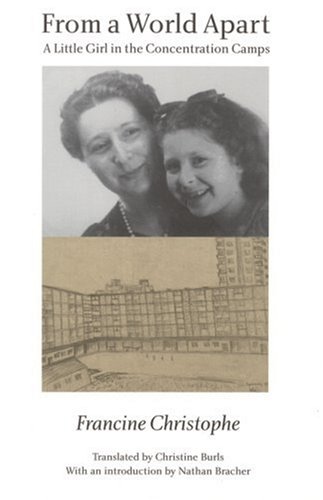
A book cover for From a World Apart: A Little Girl in the Concentration Camps; Francine Christophe; Biographies & Memoirs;